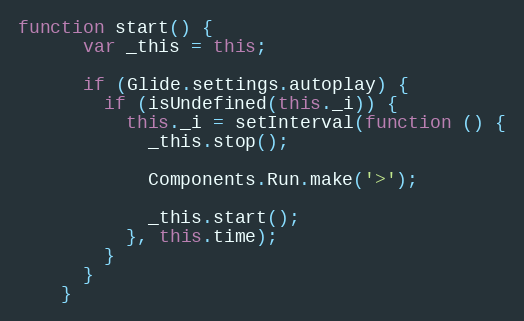
Language: JavaScript
function start() {
      var _this = this;

      if (Glide.settings.autoplay) {
        if (isUndefined(this._i)) {
          this._i = setInterval(function () {
            _this.stop();

            Components.Run.make('>');

            _this.start();
          }, this.time);
        }
      }
    }